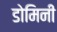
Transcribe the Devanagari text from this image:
डोमिनी